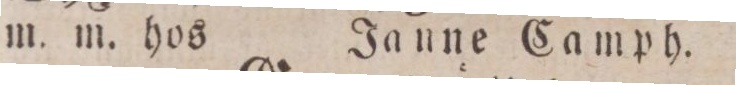
m. m. hos    Janne Camph.